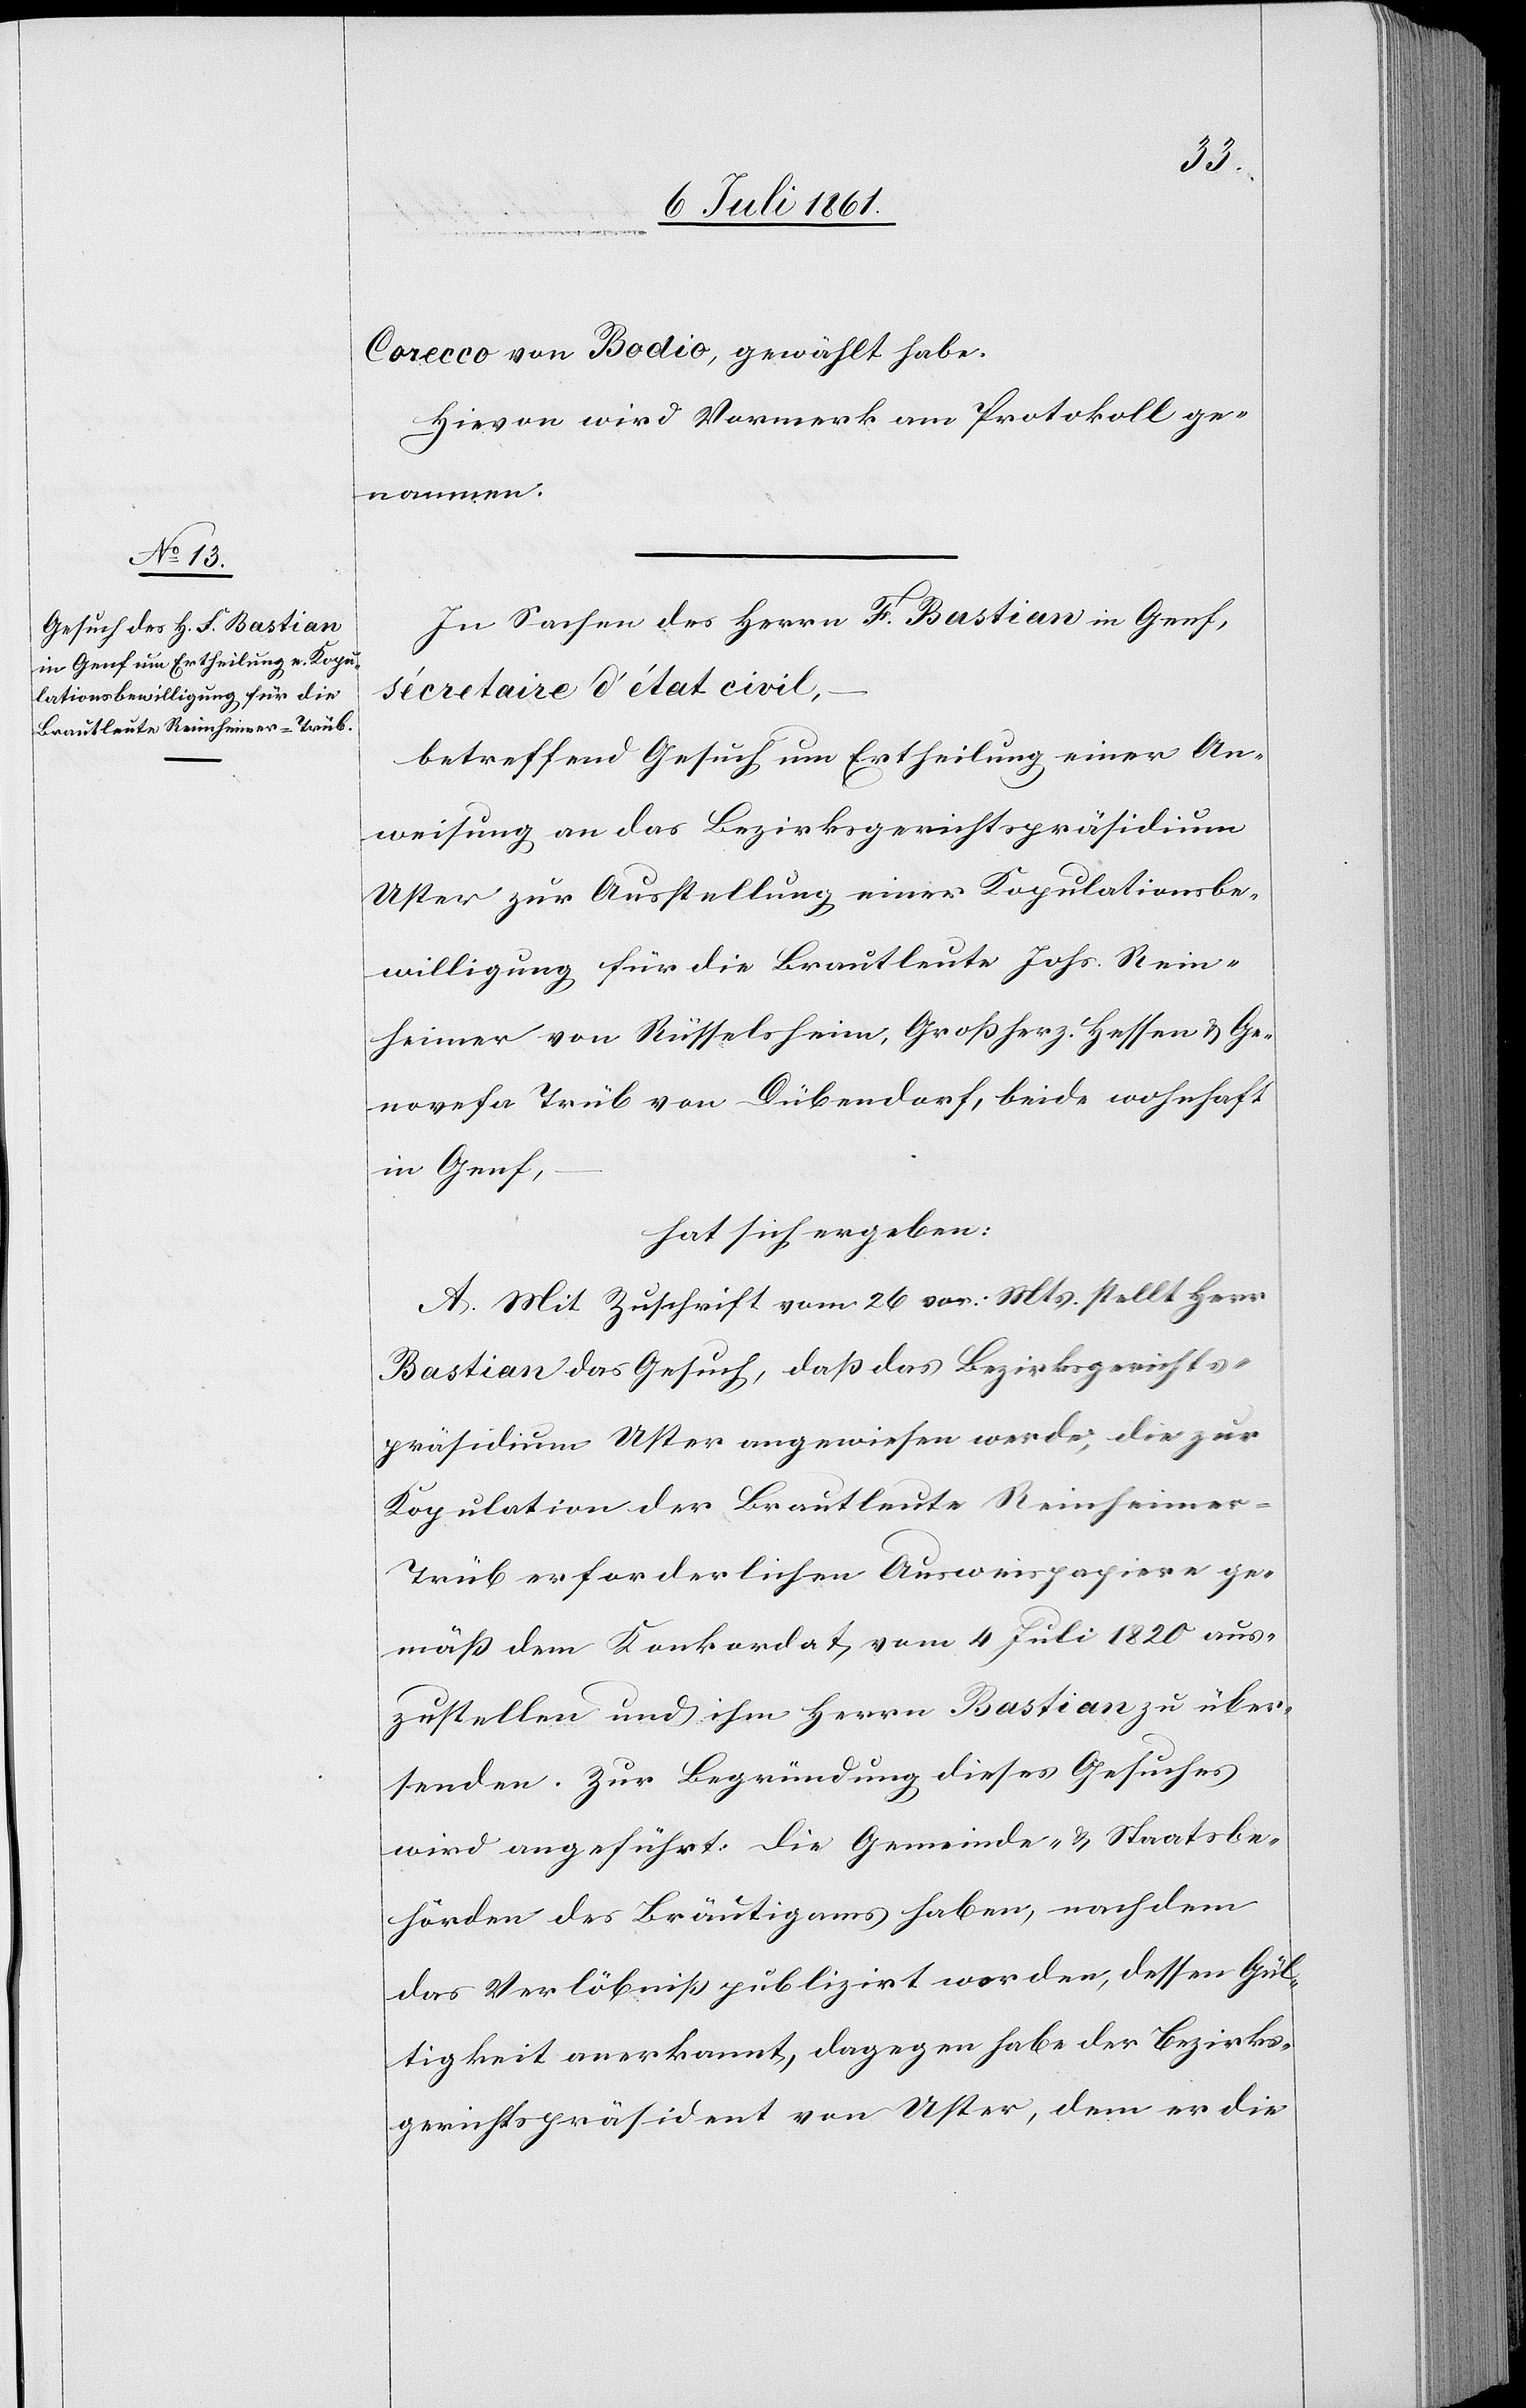
Corecco von Badio, gewählt habe.
Hievon wird Vormerk am Protokoll ge¬
nommen.
In Sachen des Herrn F. Bastian in Genf,
sécretaire d’état civil,
betreffend das Gesuch um Ertheilung einer An¬
weisung an das Bezirksgerichtspräsidium
Uster zur Ausstellung einer Kopulationsbe¬
willigung für die Brautleute Johs. Rein¬
heimer von Rüffelsheim, Großherz. Hessen u. Ge¬
novesa Trüb von Dübendorf, beide wohnhaft
in Genf,
hat sich ergeben:
A. Mit Zuschrift vom 26 vor. Mts. stellt Herr
Bastian das Gesuch, daß das Bezirksgerichts¬
präsidium Uster angewiesen werde, die zur
Kopulation der Brautleute Reinheime¬
r-Trüb erforderlichen Ausweispapiere ge¬
mäß dem Konkordat vom 4 Juli 1820 aus¬
zustellen und ihm Herrn Bastian zu über¬
senden. Zur Begründung dieses Gesuches
wird angeführt. Die Gemeinde- u. Staatsbe¬
hörden des Bräutigams haben, nachdem
das Verlöbniß publizirt worden, dessen Gül¬
tigkeit anerkannt, dagegen habe der Bezirks¬
gerichtspräsident von Uster, dem er die